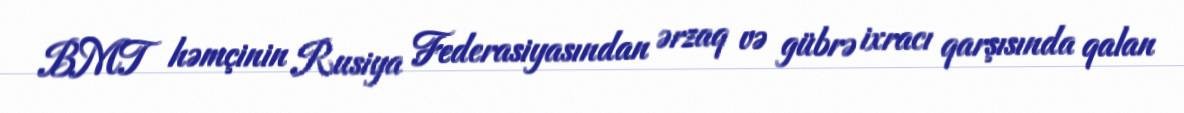
BMT həmçinin Rusiya Federasiyasından ərzaq və gübrə ixracı qarşısında qalan